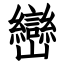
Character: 巒